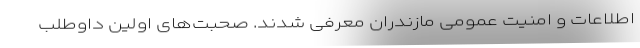
اطلاعات و امنیت عمومی مازندران معرفی شدند. صحبت‌های اولین داوطلب